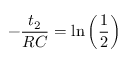
- \frac { t _ { 2 } } { R C } = \ln \left( \frac { 1 } { 2 } \right)